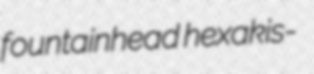
fountainhead hexakis-